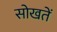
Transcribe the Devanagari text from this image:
सोखतें